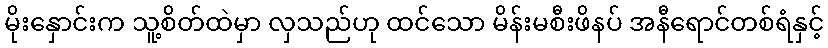
မိုးနှောင်းက သူ့စိတ်ထဲမှာ လှသည်ဟု ထင်သော မိန်းမစီးဖိနပ် အနီရောင်တစ်ရံနှင့်